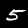
Label: 5